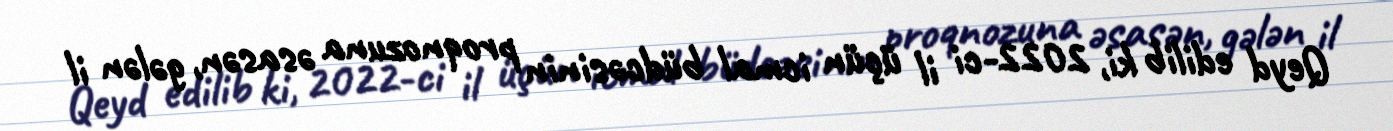
Qeyd edilib ki, 2022-ci il üçün icmal büdcəsinin proqnozuna əsasən, gələn il